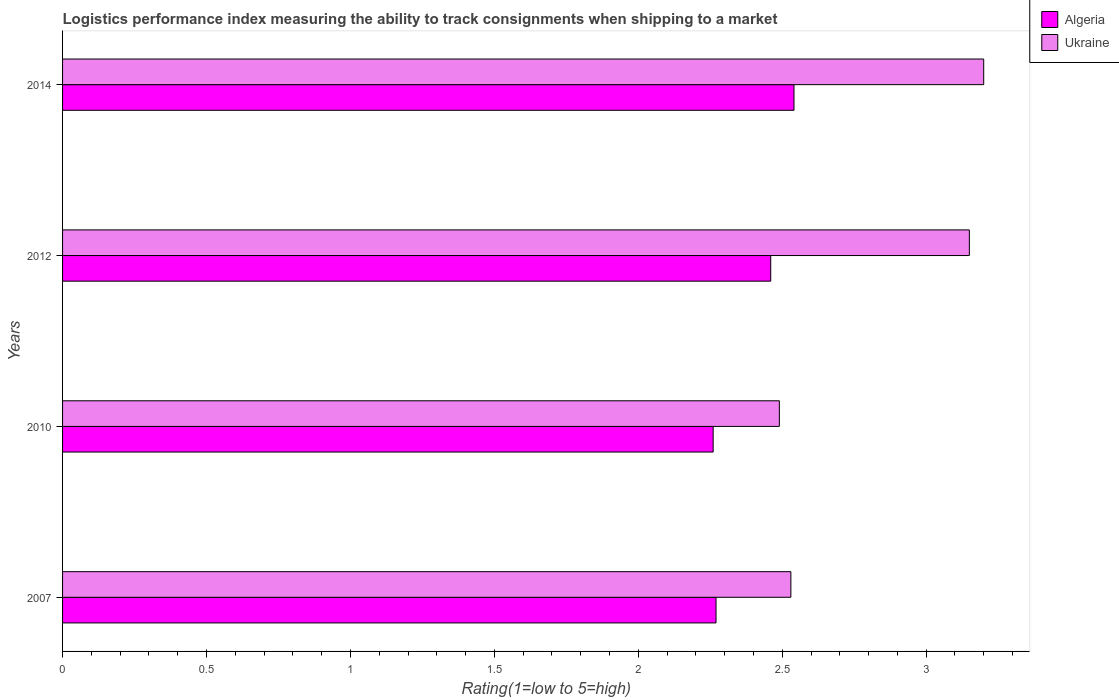
| Years | Algeria | Ukraine |
 | --- | --- | --- |
 | 2007 | 2.27 | 2.53 |
 | 2010 | 2.26 | 2.49 |
 | 2012 | 2.46 | 3.15 |
 | 2014 | 2.54 | 3.2 |